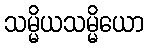
သမ္မိယသမ္မိယော